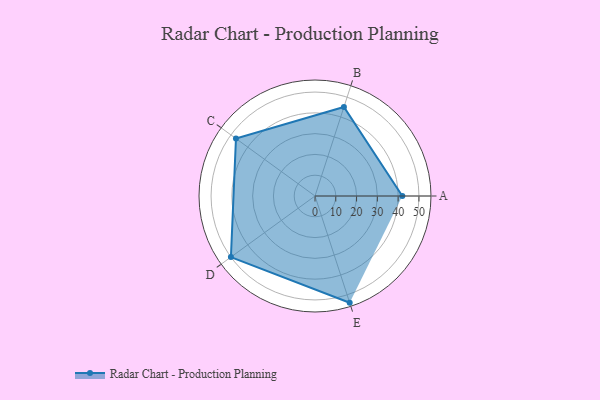
{"axis": {"x": "Skill", "y": "Score"}, "legend": ["Profile"], "data": [{"x": "A", "y": 42.0, "type": "Profile"}, {"x": "B", "y": 45.0, "type": "Profile"}, {"x": "C", "y": 47.0, "type": "Profile"}, {"x": "D", "y": 50.0, "type": "Profile"}, {"x": "E", "y": 54.0, "type": "Profile"}]}